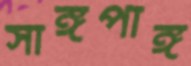
সাঙ্গপাঙ্গ